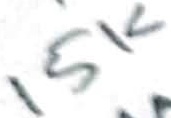
Text: 15K